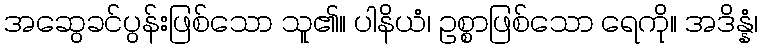
အဆွေခင်ပွန်းဖြစ်သော သူ၏။ ပါနိယံ၊ ဥစ္စာဖြစ်သော ရေကို။ အဒိန္နံ၊